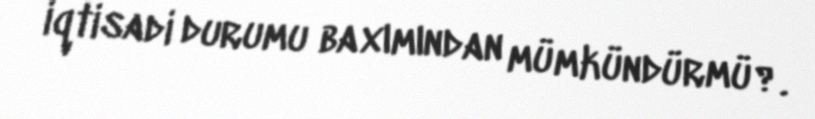
iqtisadi durumu baxımından mümkündürmü?.